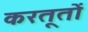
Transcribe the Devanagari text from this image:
करतूतोें